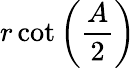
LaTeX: r\cot\left({\frac{A}{2}}\right)